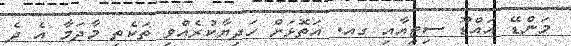
މަންޑޭ އައްޑޫ ސިޓީއާއި ގއ. އަތޮޅަށް ހަދިޔާކުރެއްވި ތަކެތި މާދަމާ އެ ދެ